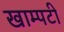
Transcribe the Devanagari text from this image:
खाम्पटी